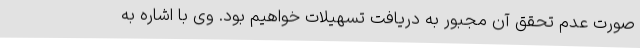
صورت عدم تحقق آن مجبور به دریافت تسهیلات خواهیم بود. وی با اشاره به